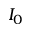
I _ { 0 }